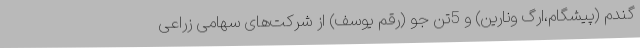
گندم (پیشگام،ارگ ونارین) و 5تن جو (رقم یوسف) از شرکت‌های سهامی زراعی